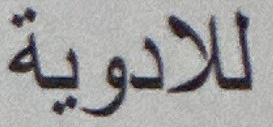
للادوية